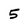
Character: 5